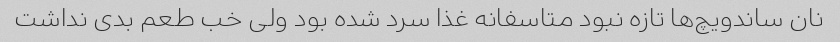
نان ساندویچ‌ها تازه نبود متاسفانه غذا سرد شده بود ولی خب طعم بدی نداشت